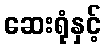
ဆေးရုံနှင့်